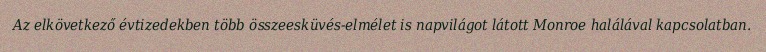
Az elkövetkező évtizedekben több összeesküvés-elmélet is napvilágot látott Monroe halálával kapcsolatban.